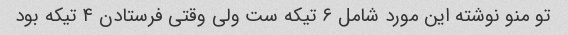
تو منو نوشته این مورد شامل ۶ تیکه ست ولی وقتی فرستادن ۴ تیکه بود